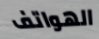
الهواتف